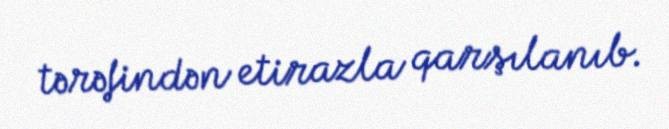
tərəfindən etirazla qarşılanıb.